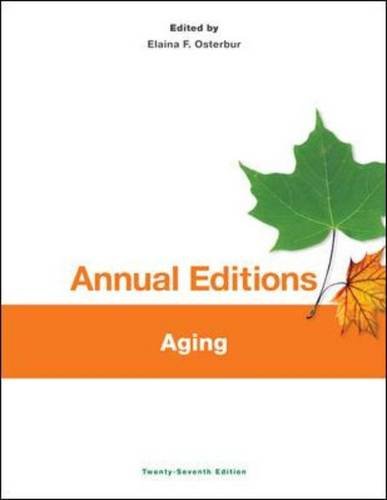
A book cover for Annual Editions: Aging, 27/e; Elaina Osterbur; Politics & Social Sciences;